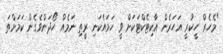
"މެހެރް ހީކުރީ އަހަރެން އާކިޓެކްޓަކަށް ވީ ހަމައެކަނި ރީތި ނަމެއް ހޯދަންވެގެން ކަމަށްތަ